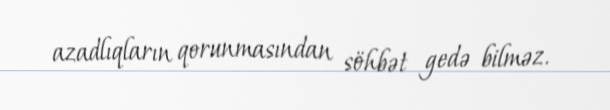
azadlıqların qorunmasından söhbət gedə bilməz.